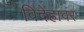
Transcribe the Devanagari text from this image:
विदेहावर